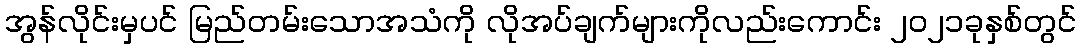
အွန်လိုင်းမှပင် မြည်တမ်းသောအသံကို လိုအပ်ချက်များကိုလည်းကောင်း ၂၀၂၁ခုနှစ်တွင်